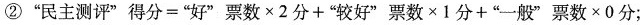
②”民主测评”得分=”好”票数×2分+”较好”票数×1分+”一般”票数×0分；